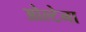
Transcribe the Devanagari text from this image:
ओल्टेना